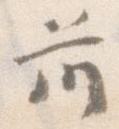
前